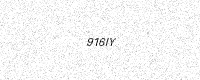
Text: 916IY